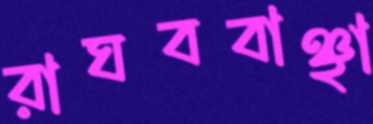
রাঘববাঞ্ছা